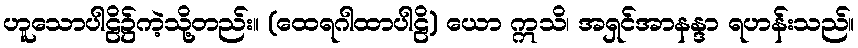
ဟူသောပါဠိ၌ကဲ့သို့တည်း။ (ထေရဂါထာပါဠိ) ယော ဣသိ၊ အရှင်အာနန္ဒာ ရဟန်းသည်။